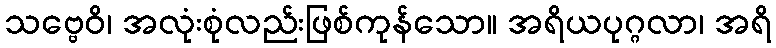
သဗ္ဗေဝိ၊ အလုံးစုံလည်းဖြစ်ကုန်သော။ အရိယပုဂ္ဂလာ၊ အရိ